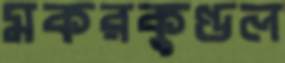
মকরকুণ্ডল